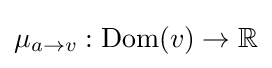
\mu _{a\to v}:\operatorname {Dom} (v)\to \mathbb {R}